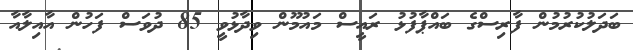
ބަދަލުކުރުމުން ފާރިސްގެ ބައްޕާފުޅު ރައީސް މައުމޫން ވިދާޅުވީ 85 ދުވަސް ފަހުން އާއިލާއާ